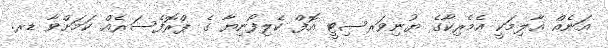
އަނެއް ޢާލިމަކީ އެމެރިކާގެ ޔުނިވަރސިޓީ އޮފް ކެލިފޯނިޔާ ގެ ޕްރޮފެސަރެއް ކަމަށްވާ ޑރ.